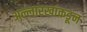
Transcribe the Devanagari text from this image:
अल्लारखांकडून